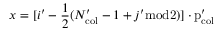
x = [ i ^ { \prime } - \frac { 1 } { 2 } ( N _ { \mathrm { c o l } } ^ { \prime } - 1 + j ^ { \prime } \mathrm { m o d 2 ) ] \cdot p _ { \mathrm { c o l } } ^ { \prime } }